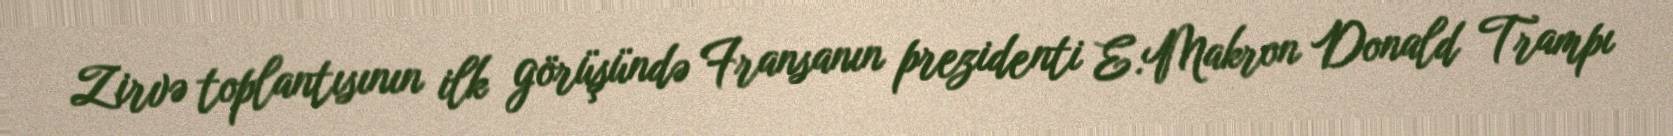
Zirvə toplantısının ilk görüşündə Fransanın prezidenti E.Makron Donald Trampı